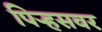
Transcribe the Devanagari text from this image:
पिर्‍हसवर